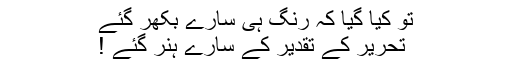
تو کیا گیا کہ رنگ ہی سارے بکھر گئے
تحریر کے تقدیر کے سارے ہُنر گئے !